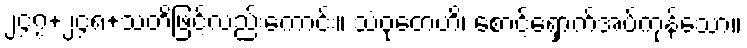
၂၄၇+၂၄၈+သတိဖြင့်လည်းကောင်း။ သံဝုတေဟိ၊ စောင့်ရှောက်အပ်ကုန်သော။